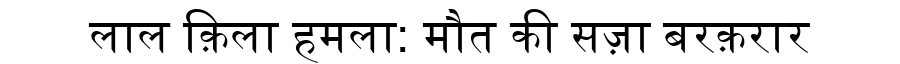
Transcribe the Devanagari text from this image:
लाल क़िला हमला: मौत की सज़ा बरक़रार